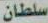
سلطان